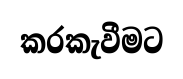
කරකැවීමට